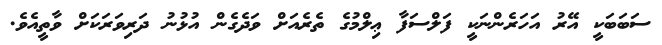
ސަބަބަކީ އޭރު އަހަރެންނަކީ ފަލްސަފާ ޢިލްމުގެ ތެރެއަށް ވަދެގެން އުޅުނު ދަރިވަރަކަށް ވާތީއެވެ.